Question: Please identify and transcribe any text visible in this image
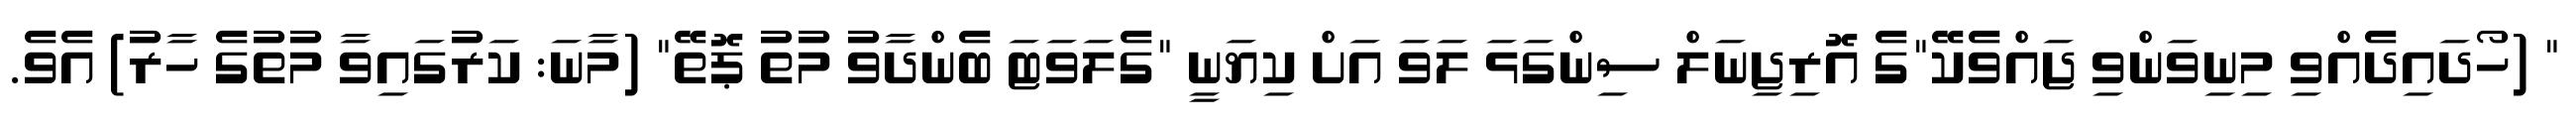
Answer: " (ހޯދައިދެއްވި މިނިވަންވި ޖައްވެކޭ"ގެ އޮރިޖިނަލް ސިންގަޅަ ލަވަ އަށް ކިޔަނީ "ގެލަވަޓަ ބެންދާވު މުތު ޕޮތޭ" (މާނަ: ކަރުގައިވާ މުތުގެ ހާރު) އެވެ.